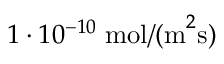
1 \cdot 1 0 ^ { - 1 0 } \; \mathrm { m o l / ( m } ^ { 2 } \mathrm { s ) }